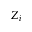
Z _ { i }